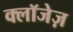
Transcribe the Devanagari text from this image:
क्लॉजेज़